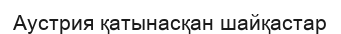
Аустрия қатынасқан шайқастар